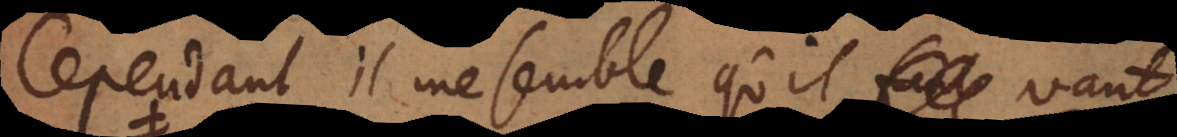
Cependant il me semble qu’il vaut